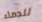
للدماء